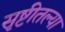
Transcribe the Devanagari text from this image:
सृष्टीतल्या